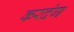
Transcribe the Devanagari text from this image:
करदंग